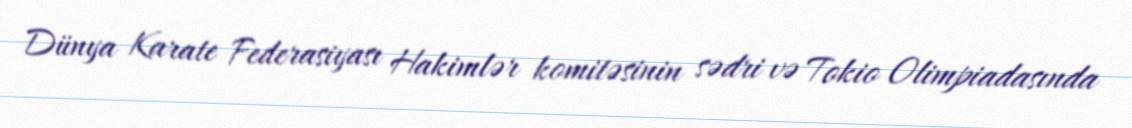
Dünya Karate Federasiyası Hakimlər komitəsinin sədri və Tokio Olimpiadasında